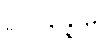
ဥပပန္နောမှိ